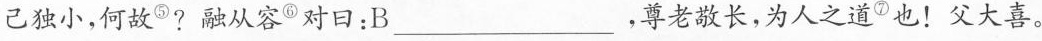
己所得甚小。父奇之，问日：他人得梨巨，唯己独小，何故^{⑤}?融从容^{⑥}对日：B____，尊老敬长，为人之道^{⑦}也！父大喜。